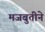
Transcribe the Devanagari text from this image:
मजबुतीने